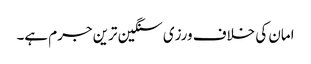
امان کی خلاف ورزی سنگین ترین جرم ہے۔